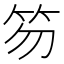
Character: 笏